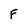
Character: F